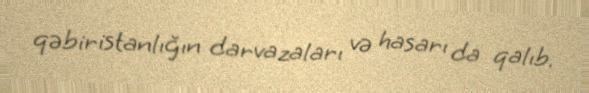
qəbiristanlığın darvazaları və hasarı da qalıb.